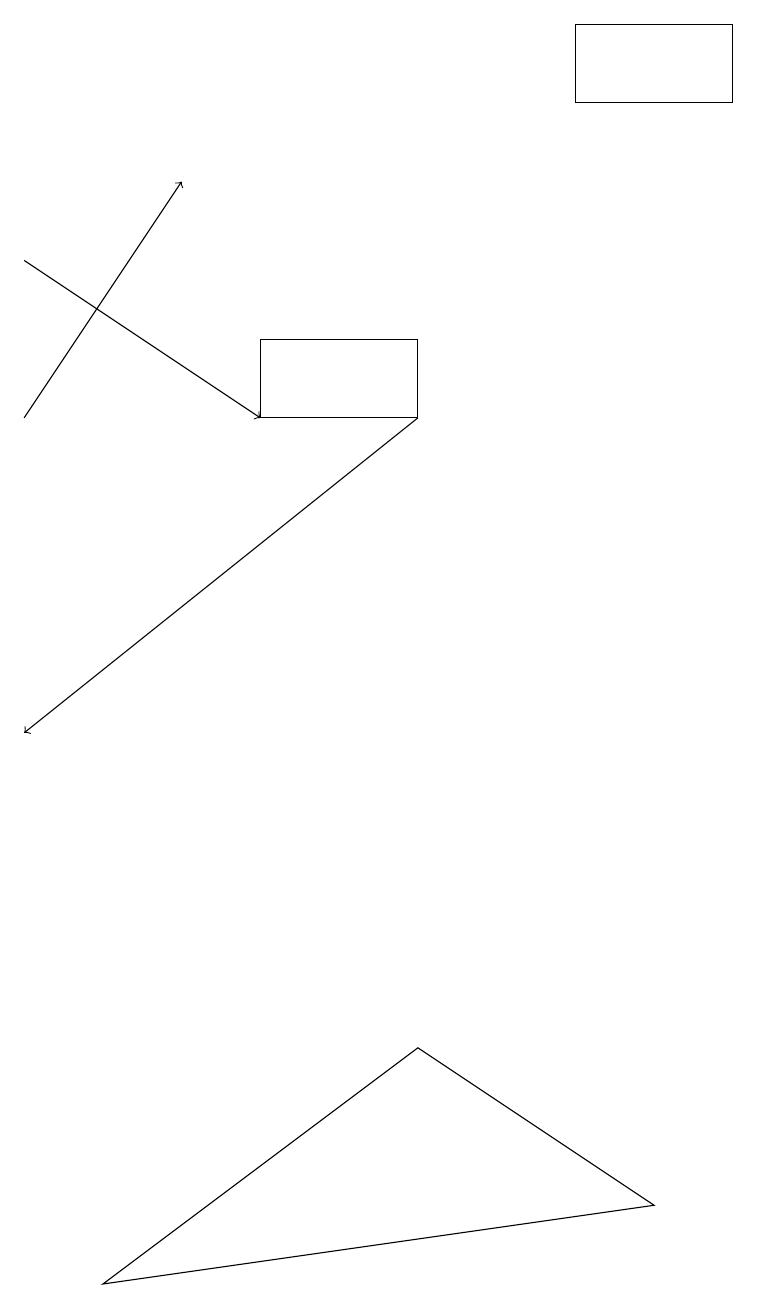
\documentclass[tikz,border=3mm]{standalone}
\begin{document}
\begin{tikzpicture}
\draw (5,14) rectangle (3,15);
\draw[->] (5,14) -- (0,10);
\draw (7,19) rectangle (9,18);
\draw (1,3) -- (8,4) -- (5,6) -- cycle;
\draw[->] (0,14) -- (2,17);
\draw[->] (0,16) -- (3,14);
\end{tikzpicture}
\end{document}